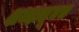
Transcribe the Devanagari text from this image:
शब्दातूनच